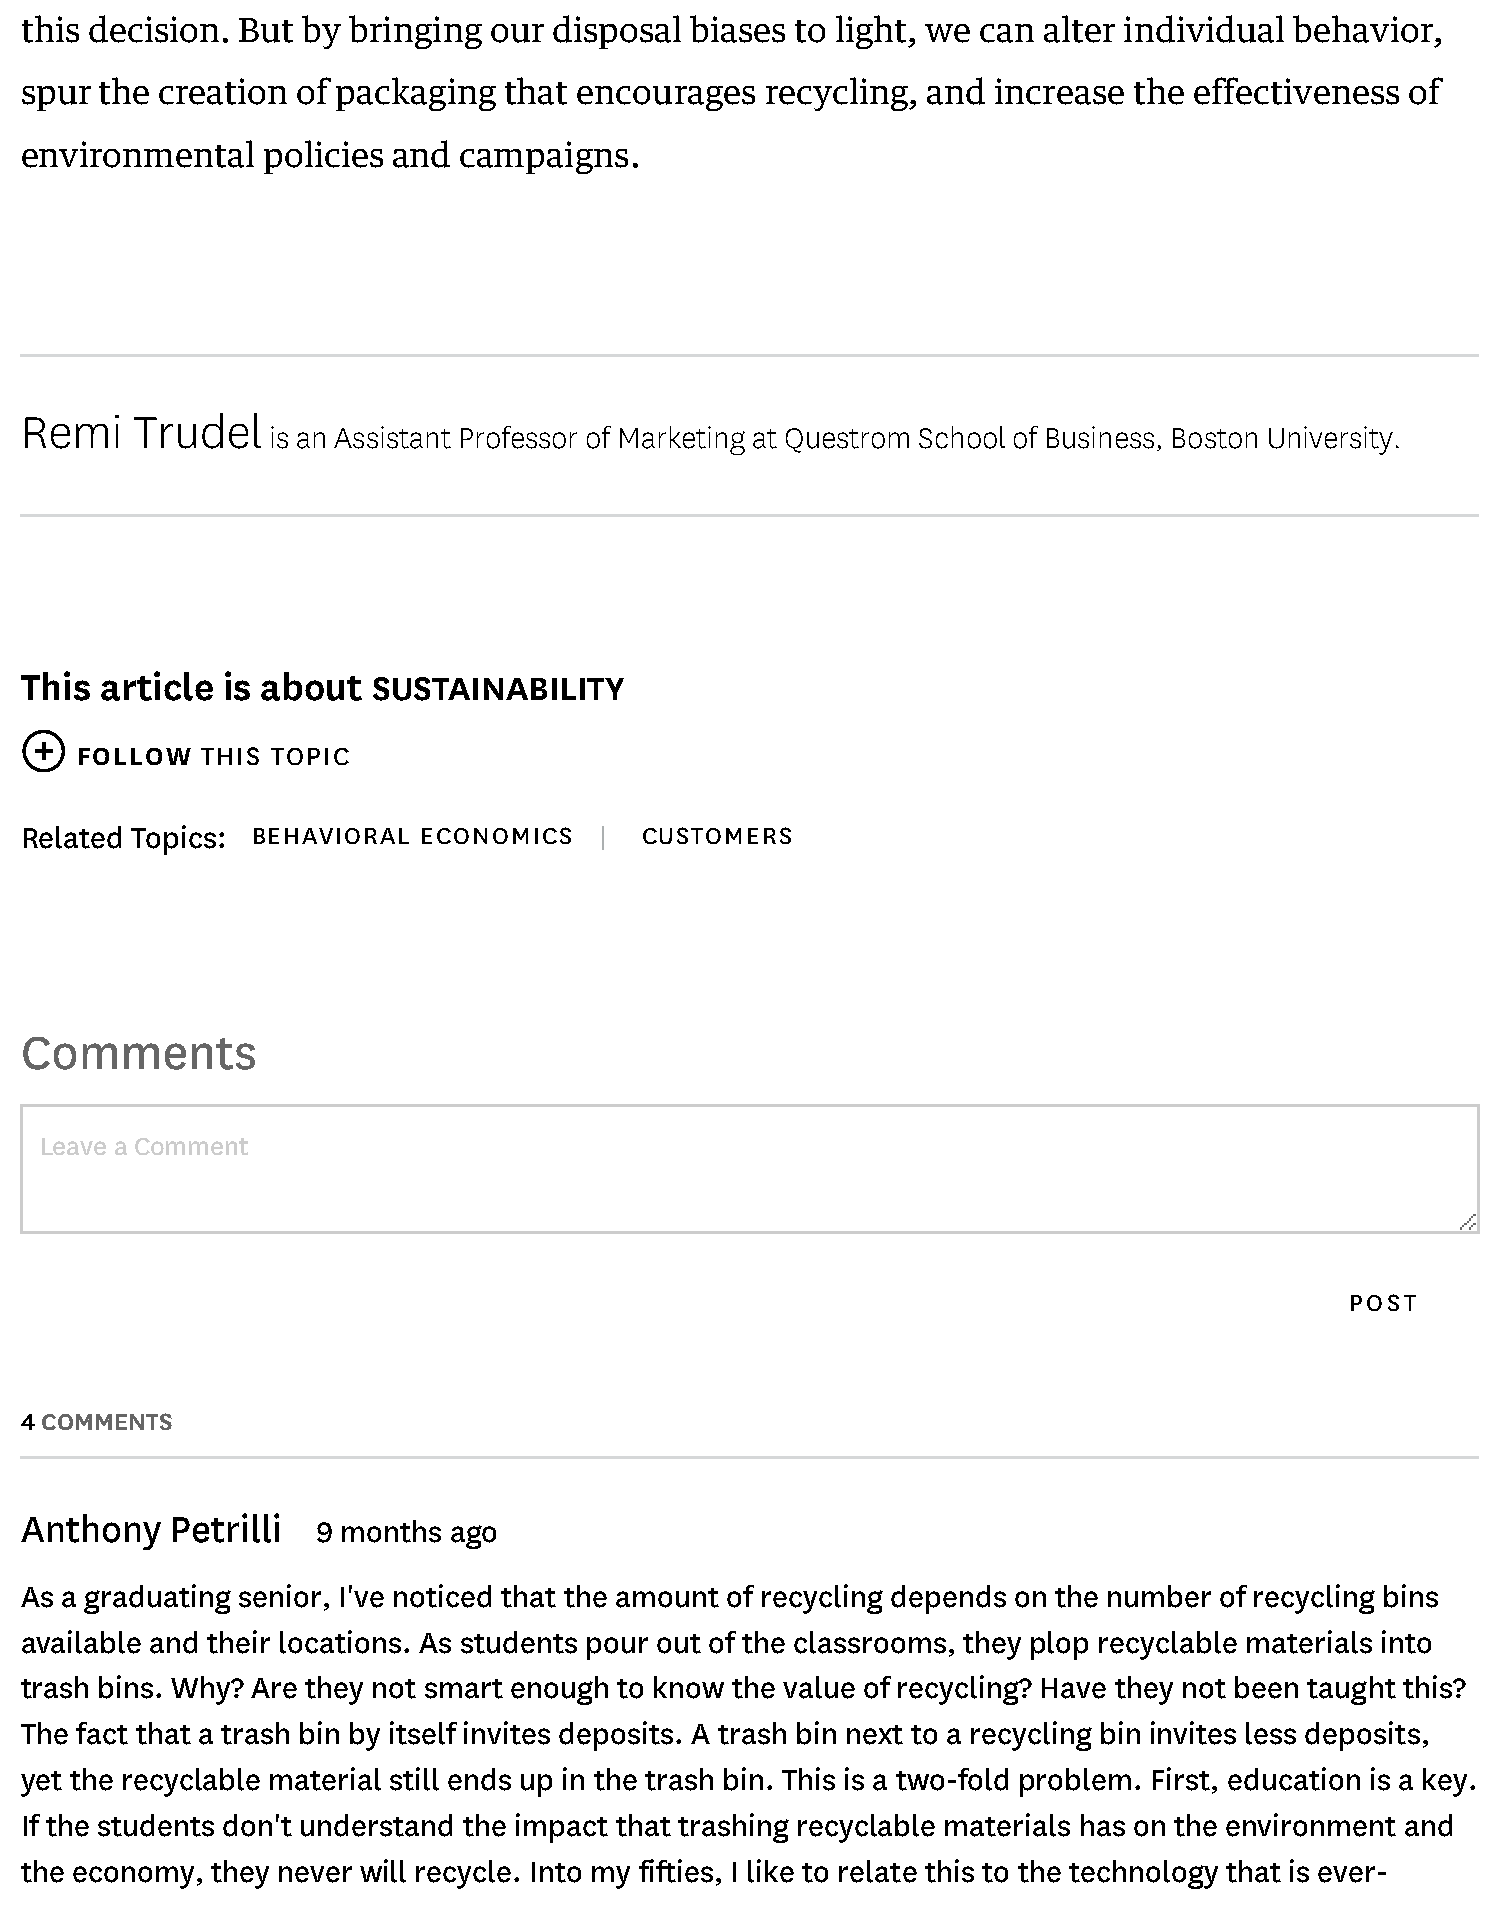
this decision. But by bringing our  disposal biases to light, we can alter individual behavior,
 spur  the creation of packaging that encourages   recycling, and increase the effectiveness of
 environmental   policies and campaigns.
 Remi    Trudel
 is an Assistant Professor of Marketing at Questrom School of Business, Boston University.
 This  article is about  SUSTAINABILITY
    FOLLOW  THIS TOPIC
 Related Topics: BEHAVIORAL ECONOMICS   | CUSTOMERS
 Comments
 Leave a Comment
 POST
 4 COMMENTS
 Anthony   Petrilli
 9 months ago
 As a graduating senior, I've noticed that the amount of recycling depends on the number of recycling bins
 available and their locations. As students pour out of the classrooms, they plop recyclable materials into
 trash bins. Why? Are they not smart enough to know the value of recycling? Have they not been taught this?
 The fact that a trash bin by itself invites deposits. A trash bin next to a recycling bin invites less deposits,
 yet the recyclable material still ends up in the trash bin. This is a two-fold problem. First, education is a key.
 If the students don't understand the impact that trashing recyclable materials has on the environment and
 the economy, they never will recycle. Into my fifties, I like to relate this to the technology that is ever-